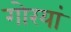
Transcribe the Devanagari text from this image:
गोरयां